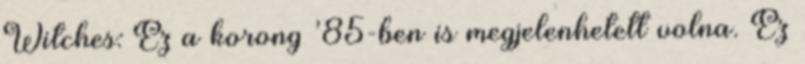
Witches: Ez a korong ’85-ben is megjelenhetett volna. Ez